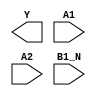
module sky130_fd_sc_hs__a21boi (
    Y   ,
    A1  ,
    A2  ,
    B1_N
);

    output Y   ;
    input  A1  ;
    input  A2  ;
    input  B1_N;

    // Voltage supply signals
    supply1 VPWR;
    supply0 VGND;

endmodule